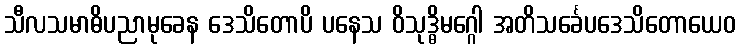
သီလသမာဓိပညာမုခေန ဒေသိတောပိ ပနေသ ဝိသုဒ္ဓိမဂ္ဂေါ အတိသင်္ခေပဒေသိတောယေဝ